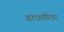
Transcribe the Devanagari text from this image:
बांधणीवर